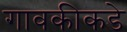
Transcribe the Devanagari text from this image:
गावकीकडे